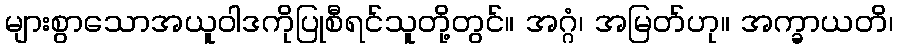
များစွာသောအယူဝါဒကိုပြုစီရင်သူတို့တွင်။ အဂ္ဂံ၊ အမြတ်ဟု။ အက္ခာယတိ၊